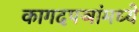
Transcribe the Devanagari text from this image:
कागदपञांमध्ये